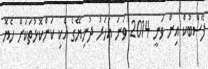
ފޭސްބުކް އިން ވަނީ 2014 ވަނަ އަހަރު ދުނިޔޭގެ އެކި ކަންކޮޅުތަކަށް ހެޔޮ